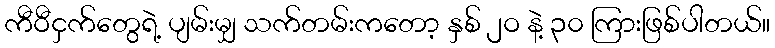
ကီဝီငှက်တွေရဲ့ ပျမ်းမျှ သက်တမ်းကတော့ နှစ် ၂ဝ နဲ့ ၃၀ ကြားဖြစ်ပါတယ်။